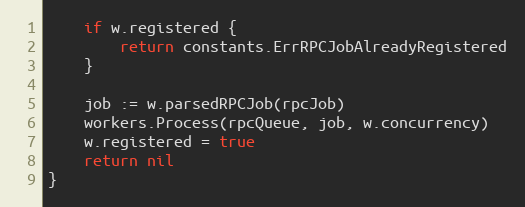
Language: Go
	if w.registered {
		return constants.ErrRPCJobAlreadyRegistered
	}

	job := w.parsedRPCJob(rpcJob)
	workers.Process(rpcQueue, job, w.concurrency)
	w.registered = true
	return nil
}